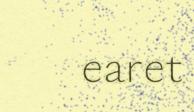
earet